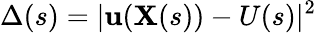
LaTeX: \Delta(s)=|\mathbf{u}(\mathbf{{X}}(s))-U(s)|^{2}